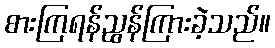
စားကြရန်ညွန်ကြားခဲ့သည်။